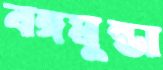
বঙ্গমুন্ডা